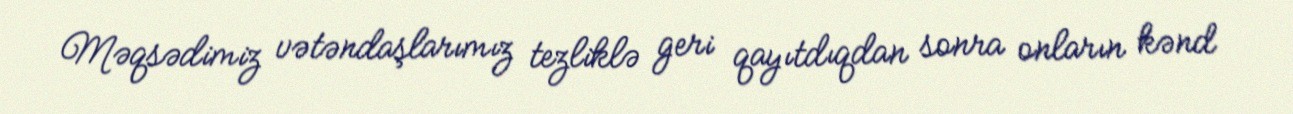
Məqsədimiz vətəndaşlarımız tezliklə geri qayıtdıqdan sonra onların kənd